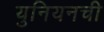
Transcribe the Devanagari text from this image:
युनियनची